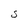
Character: S